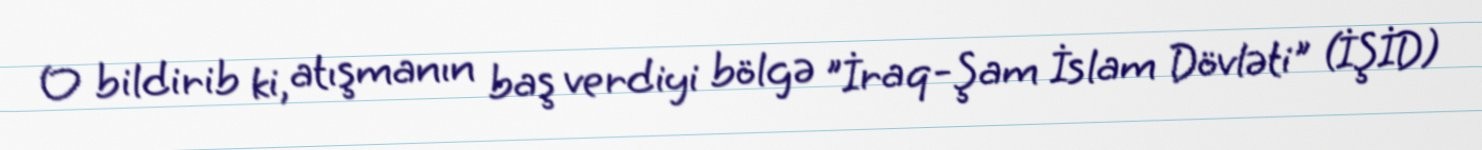
O bildirib ki, atışmanın baş verdiyi bölgə "İraq-Şam İslam Dövləti" (İŞİD)